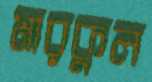
মারকুল